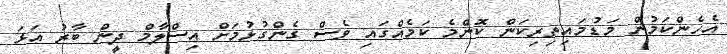
އެހެންކަމުން މަޑުމައިތިރިކަން ކޮންމެ ކަމެއްގައި ވެސް ގެންގުޅުމަށް އިސްލާމް ދީން ބާރު އަޅަ